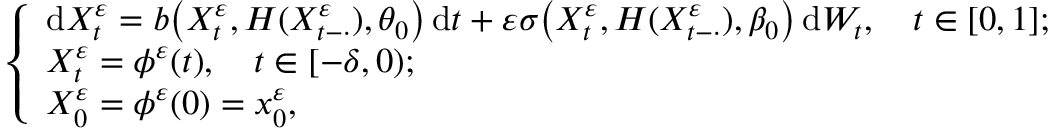
\begin{array} { r } { \left\{ \begin{array} { l } { \mathrm { d } X _ { t } ^ { \varepsilon } = b \big ( X _ { t } ^ { \varepsilon } , H ( X _ { t - \cdot } ^ { \varepsilon } ) , \theta _ { 0 } \big ) \, \mathrm { d } t + \varepsilon \sigma \big ( X _ { t } ^ { \varepsilon } , H ( X _ { t - \cdot } ^ { \varepsilon } ) , \beta _ { 0 } \big ) \, \mathrm { d } W _ { t } , \quad t \in [ 0 , 1 ] ; } \\ { X _ { t } ^ { \varepsilon } = \phi ^ { \varepsilon } ( t ) , \quad t \in [ - \delta , 0 ) ; } \\ { X _ { 0 } ^ { \varepsilon } = \phi ^ { \varepsilon } ( 0 ) = x _ { 0 } ^ { \varepsilon } , } \end{array} \right. } \end{array}